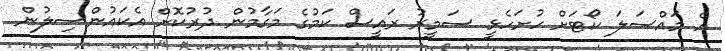
އެ މައްސަލަ ކޯޓަށް ހުށަހެޅީ ސަމީރު ރައީސް ކަމުގެ މަގާމުން ދުރުކޮށް އެކައުންސިލުން